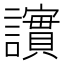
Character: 𫍒